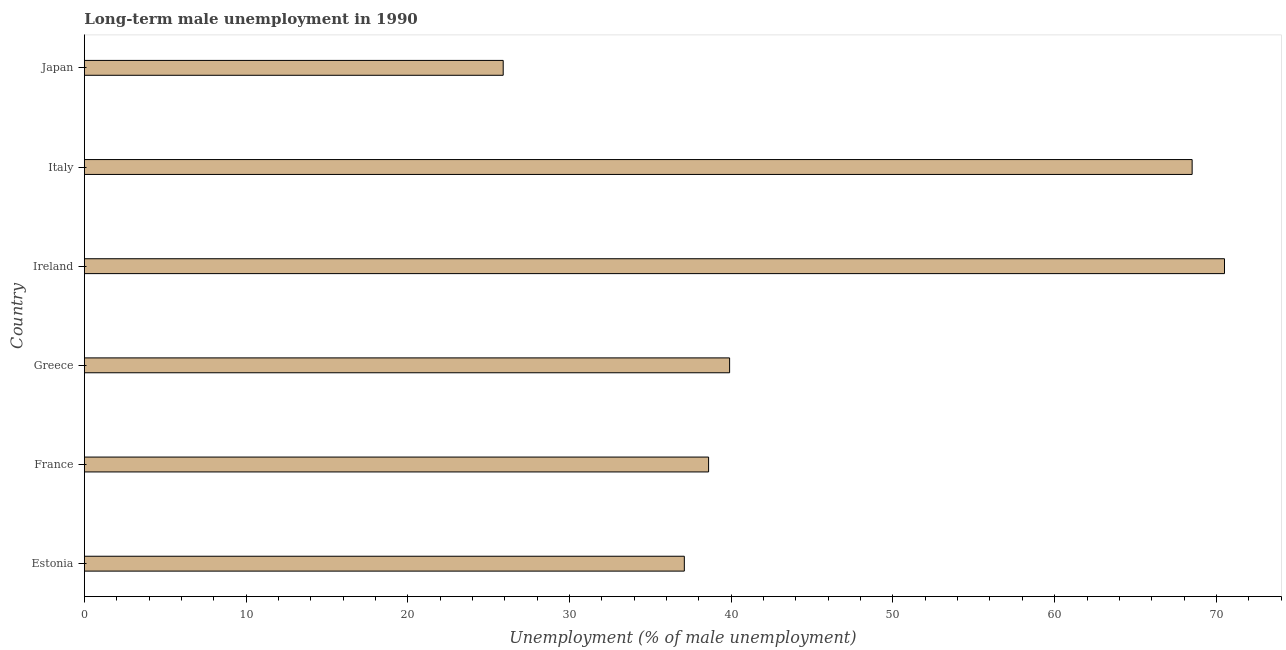
| Country | Long-term unemployment male |
 | --- | --- |
 | Estonia | 37.1 |
 | France | 38.6 |
 | Greece | 39.9 |
 | Ireland | 70.5 |
 | Italy | 68.5 |
 | Japan | 25.9 |